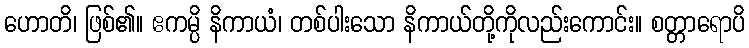
ဟောတိ၊ ဖြစ်၏။ ဧကမ္ပိ နိကာယံ၊ တစ်ပါးသော နိကာယ်တို့ကိုလည်းကောင်း။ စတ္တာရောပိ